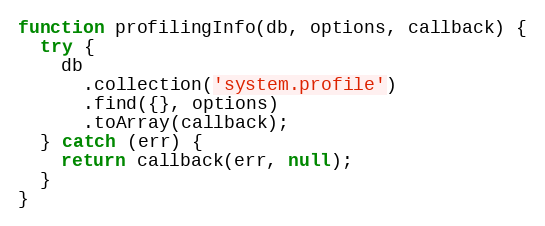
Language: JavaScript
function profilingInfo(db, options, callback) {
  try {
    db
      .collection('system.profile')
      .find({}, options)
      .toArray(callback);
  } catch (err) {
    return callback(err, null);
  }
}